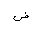
Letter: _dad